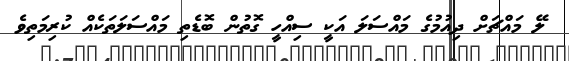
ލޭ މައްޗަށް ދިއުމުގެ މައްސަލަ އަކީ ސިއްހީ ގޮތުން ބޮޑެތި މައްސަލަތަކެއް ކުރިމަތިވެ